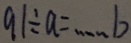
9 1 \div a = \cdots b